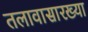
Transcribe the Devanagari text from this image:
तलावासारख्या